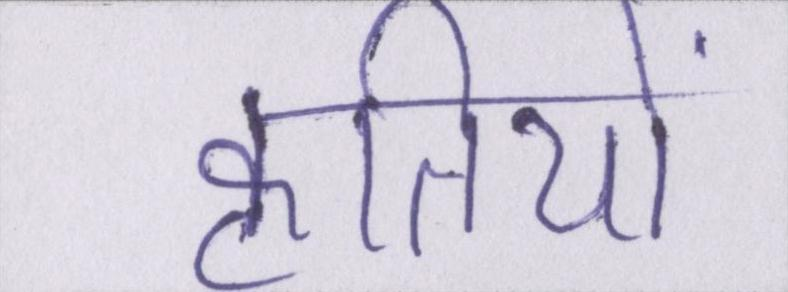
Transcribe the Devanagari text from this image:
कृतियों